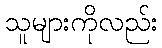
သူများကိုလည်း